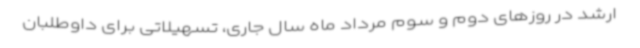
ارشد در روزهای دوم و سوم مرداد ماه سال جاری، تسهیلاتی برای داوطلبان